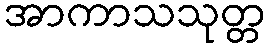
အာကာသသုတ္တ